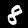
Label: 8